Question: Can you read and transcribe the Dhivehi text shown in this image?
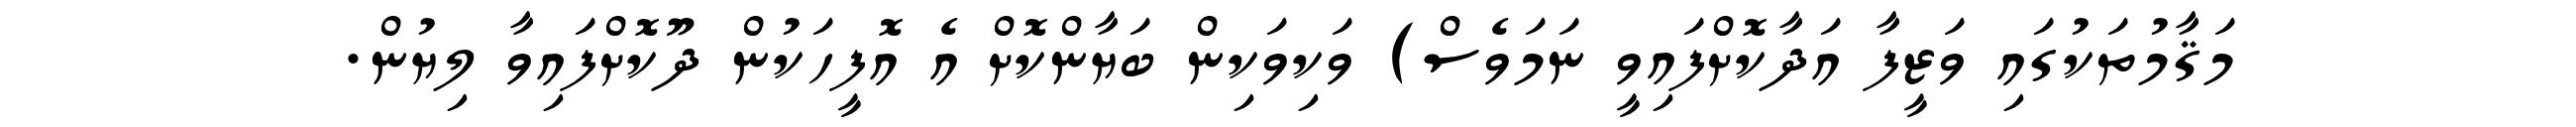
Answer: މަޤާމުތަކުގައި ވަޒީފާ އަދާކޮށްފައިވީ ނަމަވެސް) ވަކިވަކިން ބަޔާންކޮށް އެ އޮފީހަކުން ދޫކޮށްފައިވާ ލިޔުން.